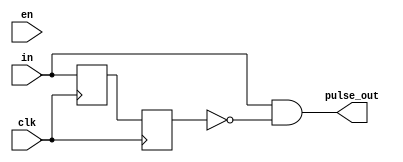
//============================================================================//
//                                                                            //
//      Edge Detect                                                           //
//                                                                            //
//      Module name: edge_detect                                              //
//      Desc: detects rising falling or either edge                           //
//      Developer: Wesley New                                                 //
//      Licence: GNU General Public License ver 3                             //
//      Notes:                                                                //
//                                                                            //
//============================================================================//

module edge_detect #(

      //===================
      // local parameters
      //===================
      parameter DATA_WIDTH = 8,
      parameter EDGE_TYPE  = "RISE"
   ) (
      //=============
      // local regs
      //=============
      input clk,
      input en,
      input [DATA_WIDTH-1:0] in,
      
      //==============
      // local wires
      //==============
      output [DATA_WIDTH-1:0] pulse_out
   );

   reg [DATA_WIDTH-1:0] delay_reg;
   reg [DATA_WIDTH-1:0] delay_reg1;

   always@(posedge clk) begin
      delay_reg  <= in;
      delay_reg1 <= delay_reg;
   end

   case (EDGE_TYPE)
      "RISE" : assign pulse_out =  in & ~delay_reg1;
      "FALL" : assign pulse_out = ~in &  delay_reg1;
      "DUAL" : assign pulse_out =  in ^  delay_reg1;
      defaut : assign pulse_out =  in & ~delay_reg1; 
   endcase
        


endmodule